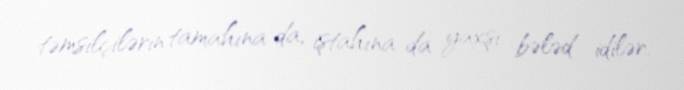
təmsilçilərin tamahına da, iştahına da yaxşı bələd idilər.